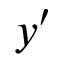
y ^ { \prime }